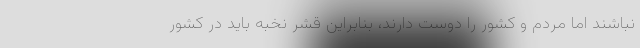
نباشند اما مردم و کشور را دوست دارند، بنابراین قشر نخبه باید در کشور